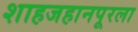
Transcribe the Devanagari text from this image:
शाहजहानपूरला